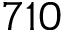
7 1 0